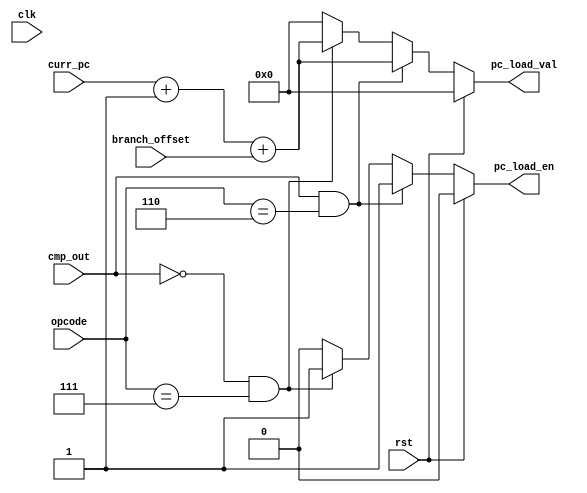
module branch( clk, 
	cmp_out, 
	rst,
	curr_pc, 
	pc_load_en, 
	pc_load_val, 
	branch_offset,
	opcode);

input clk, cmp_out, rst;
input [3:0] branch_offset,opcode;
input [31:0] curr_pc;
output reg pc_load_en;
output reg [31:0] pc_load_val;

always@(*)begin
  if(rst == 1) begin
    pc_load_en = 0;
    pc_load_val = 0;
  end
  else if(cmp_out == 1 && opcode == 6)begin
    pc_load_en = 1;
    pc_load_val = curr_pc+1+branch_offset;
  end
 else if(cmp_out == 0 && opcode == 7)begin
    pc_load_en = 1;
    pc_load_val = curr_pc+1+branch_offset;
  end
  else begin
    pc_load_en = 0;
    pc_load_val = 0;
  end

end


endmodule